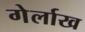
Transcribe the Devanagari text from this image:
गेर्लाख